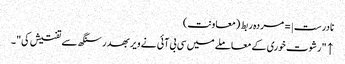
نادرست |=مردہ ربط (معاونت)
↑ "رشوت خوری کے معاملے میں سی بی آئی نے ویر بھدر سنگھ سے تفتیش کی"۔